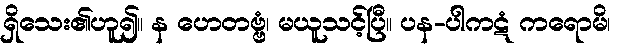
ရှိသေး၏ဟူ၍။ န ဟေတဗ္ဗံ၊ မယူသင့်ပြီ။ ပန-ပါကဋံ ကရောမိ၊